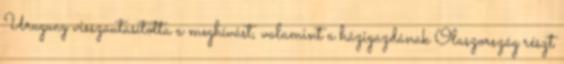
Uruguay visszautasította a meghívást, valamint a házigazdának Olaszország részt